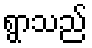
ရွာသည်